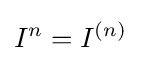
I^{n}=I^{(n)}